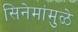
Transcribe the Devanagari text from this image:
सिनेमांमुळे